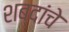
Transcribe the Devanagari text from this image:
शब्दांंचे